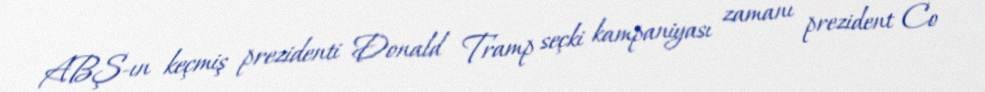
ABŞ-ın keçmiş prezidenti Donald Tramp seçki kampaniyası zamanı prezident Co